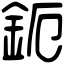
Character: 鈪